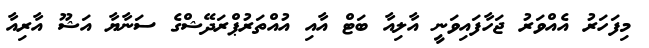
މިފަަހަރު އެއްވަރު ޖަހާފައިވަނީ އާލިއާ ބަޓް އާއި އުއްތަރުޕްރަދޭޝްގެ ސަނާޔާ އަޝޫ އާރިއާ